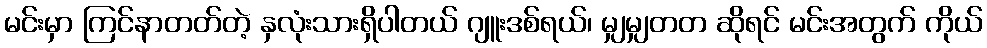
မင်းမှာ ကြင်နာတတ်တဲ့ နှလုံးသားရှိပါတယ် ဂျူးဒစ်ရယ်၊ မျှမျှတတ ဆိုရင် မင်းအတွက် ကိုယ်